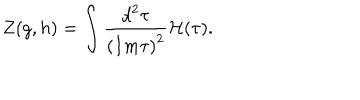
Z ( g , h ) = \int \frac { { d } ^ { 2 } \tau } { { ( I m \tau ) } ^ { 2 } } { \cal H } ( \tau ) .